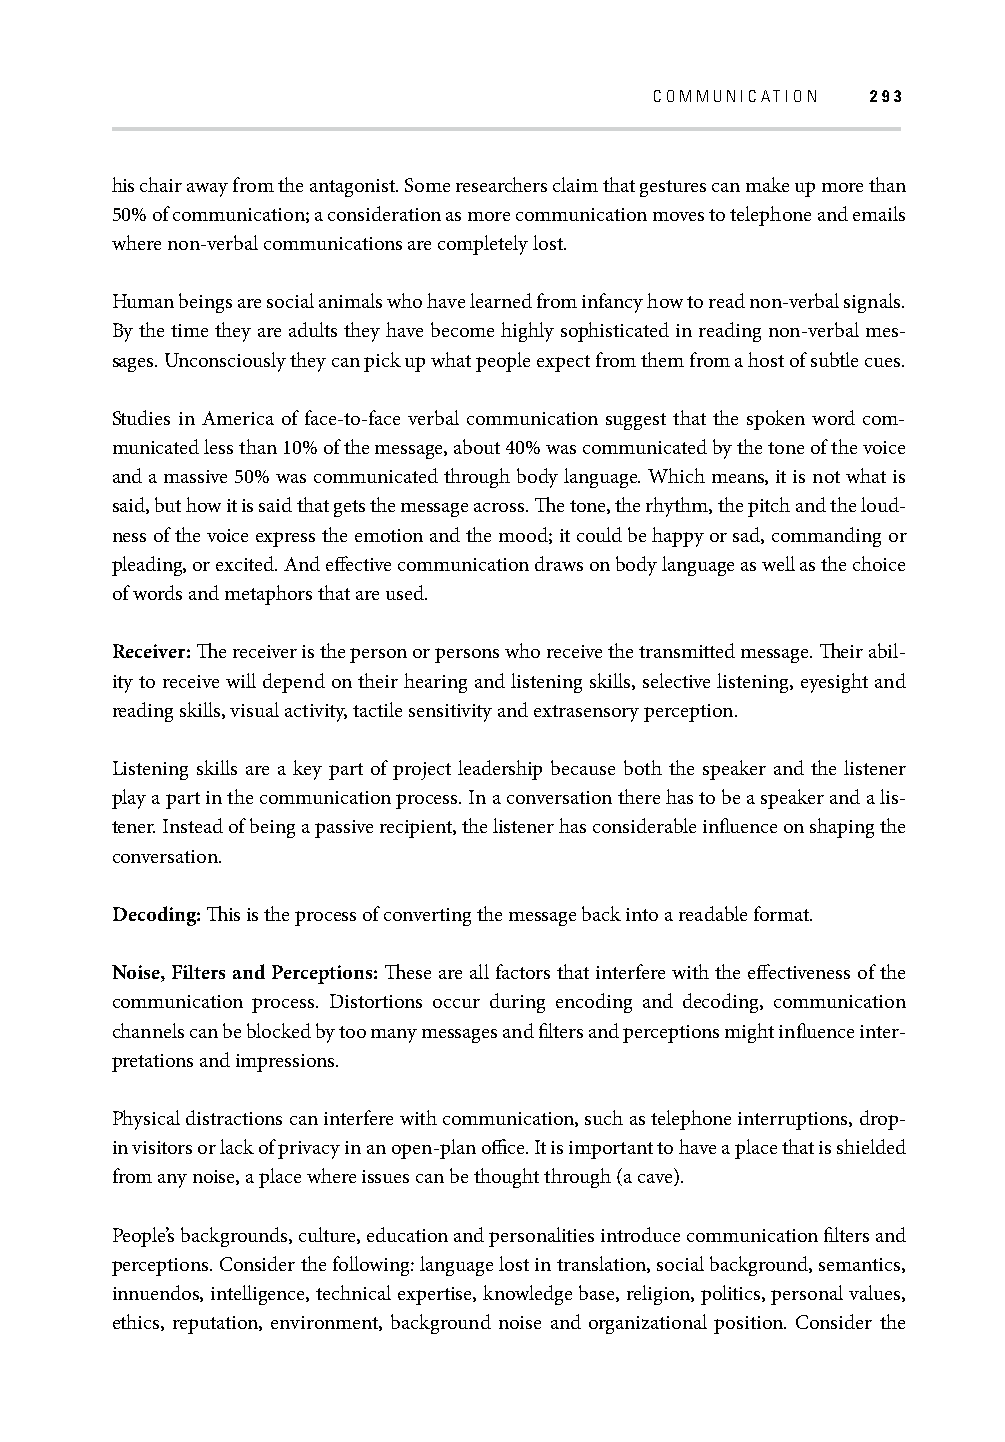
COMMUNICATION  293
 his chair away from the antagonist. Some researchers claim that gestures can make up more than
 50% of communication; a consideration as more communication moves to telephone and emails
 where non-verbal communications are completely lost.
 Human beings are social animals who have learned from infancy how to read non-verbal signals.
 By the time they are adults they have become highly sophisticated in reading non-verbal mes-
 sages. Unconsciously they can pick up what people expect from them from a host of subtle cues.
 Studies in America of face-to-face verbal communication suggest that the spoken word com-
 municated less than 10% of the message, about 40% was communicated by the tone of the voice
 and a massive 50% was communicated through body language. Which means, it is not what is
 said, but how it is said that gets the message across. Th e tone, the rhythm, the pitch and the loud-
 ness of the voice express the emotion and the mood; it could be happy or sad, commanding or
 pleading, or excited. And eff ective communication draws on body language as well as the choice
 of words and metaphors that are used.
 Receiver: Th e receiver is the person or persons who receive the transmitted message. Th eir abil-
 ity to receive will depend on their hearing and listening skills, selective listening, eyesight and
 reading skills, visual activity, tactile sensitivity and extrasensory perception.
 Listening skills are a key part of project leadership because both the speaker and the listener
 play a part in the communication process. In a conversation there has to be a speaker and a lis-
 tener. Instead of being a passive recipient, the listener has considerable infl uence on shaping the
 conversation.
 Decoding: Th is is the process of converting the message back into a readable format.
 Noise, Filters and Perceptions: Th ese are all factors that interfere with the eff ectiveness of the
 communication process. Distortions occur during encoding and decoding, communication
 channels can be blocked by too many messages and fi lters and perceptions might infl uence inter-
 pretations and impressions.
 Physical distractions can interfere with communication, such as telephone interruptions, drop-
 in visitors or lack of privacy in an open-plan offi ce. It is important to have a place that is shielded
 from any noise, a place where issues can be thought through (a cave).
 People’s backgrounds, culture, education and personalities introduce communication fi lters and
 perceptions. Consider the following: language lost in translation, social background, semantics,
 innuendos, intelligence, technical expertise, knowledge base, religion, politics, personal values,
 ethics, reputation, environment, background noise and organizational position. Consider the